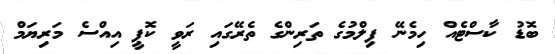
ބޮޑު ކާސްޓެއް ހިމެނޭ ފިލްމުގެ ތަރިންގެ ތެރޭގައި ރަވީ ކޮޕީ އިއްސެ މަރިޔަމް